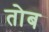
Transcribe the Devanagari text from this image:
तोब